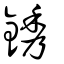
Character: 銹